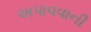
અપાવવાની